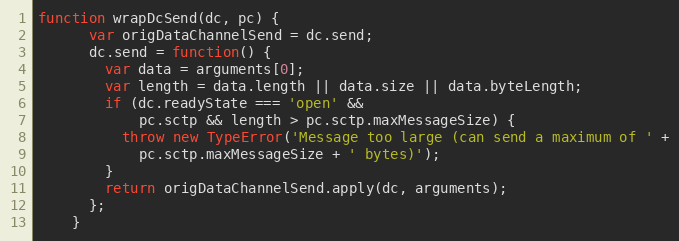
Language: JavaScript
function wrapDcSend(dc, pc) {
      var origDataChannelSend = dc.send;
      dc.send = function() {
        var data = arguments[0];
        var length = data.length || data.size || data.byteLength;
        if (dc.readyState === 'open' &&
            pc.sctp && length > pc.sctp.maxMessageSize) {
          throw new TypeError('Message too large (can send a maximum of ' +
            pc.sctp.maxMessageSize + ' bytes)');
        }
        return origDataChannelSend.apply(dc, arguments);
      };
    }